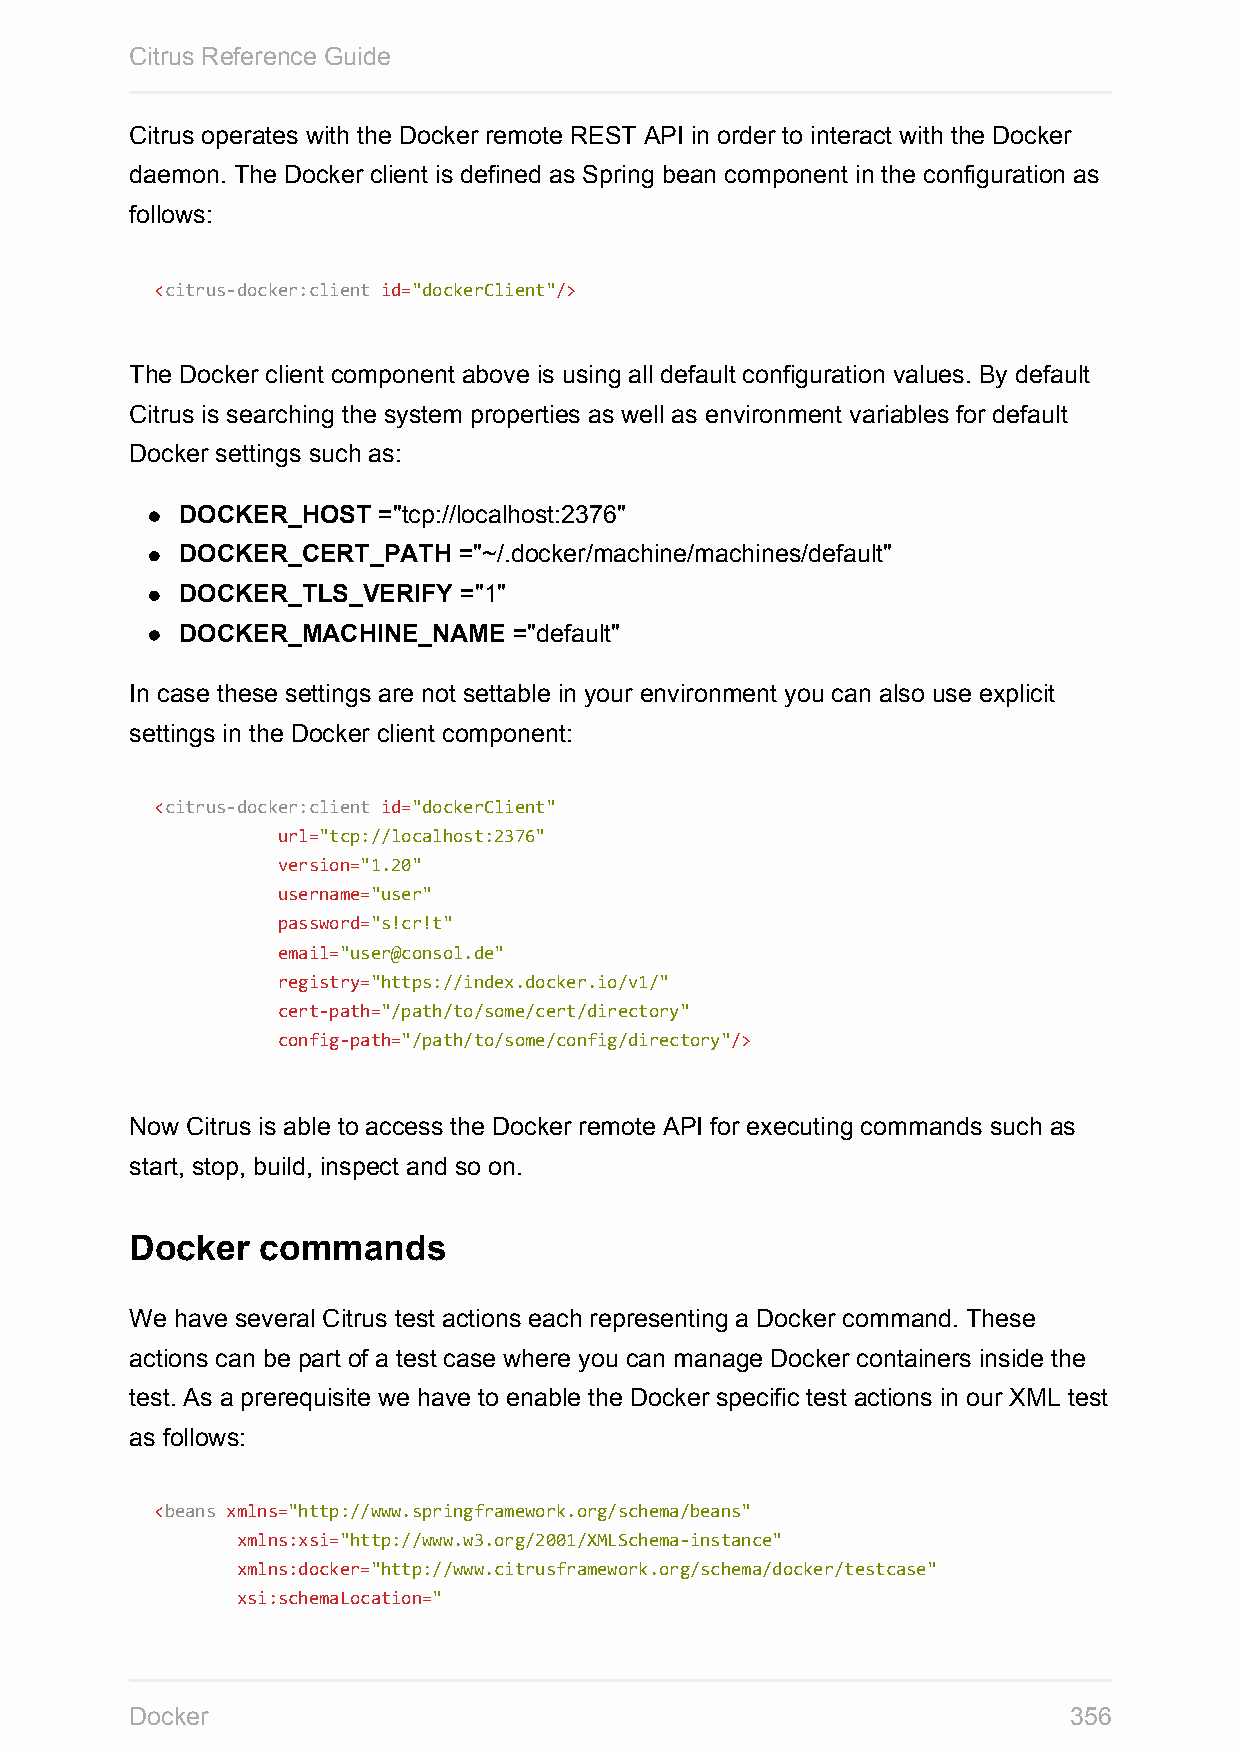
Citrus Reference Guide
 Citrus operates with the Docker remote REST API in order to interact with the Docker
 daemon. The Docker client is defined as Spring bean component in the configuration as
 follows:
 <citrus-docker:client id="dockerClient"/>
 The Docker client component above is using all default configuration values. By default
 Citrus is searching the system properties as well as environment variables for default
 Docker settings such as:
 DOCKER_HOST  ="tcp://localhost:2376"
 DOCKER_CERT_PATH  ="~/.docker/machine/machines/default"
 DOCKER_TLS_VERIFY ="1"
 DOCKER_MACHINE_NAME   ="default"
 In case these settings are not settable in your environment you can also use explicit
 settings in the Docker client component:
 <citrus-docker:client id="dockerClient"
 url="tcp://localhost:2376"
 version="1.20"
 username="user"
 password="s!cr!t"
 email="user@consol.de"
 registry="https://index.docker.io/v1/"
 cert-path="/path/to/some/cert/directory"
 config-path="/path/to/some/config/directory"/>
 Now Citrus is able to access the Docker remote API for executing commands such as
 start, stop, build, inspect and so on.
 Docker  commands
 We have several Citrus test actions each representing a Docker command. These
 actions can be part of a test case where you can manage Docker containers inside the
 test. As a prerequisite we have to enable the Docker specific test actions in our XML test
 as follows:
 <beans xmlns="http://www.springframework.org/schema/beans"
 xmlns:xsi="http://www.w3.org/2001/XMLSchema-instance"
 xmlns:docker="http://www.citrusframework.org/schema/docker/testcase"
 xsi:schemaLocation="
 Docker                                                        356